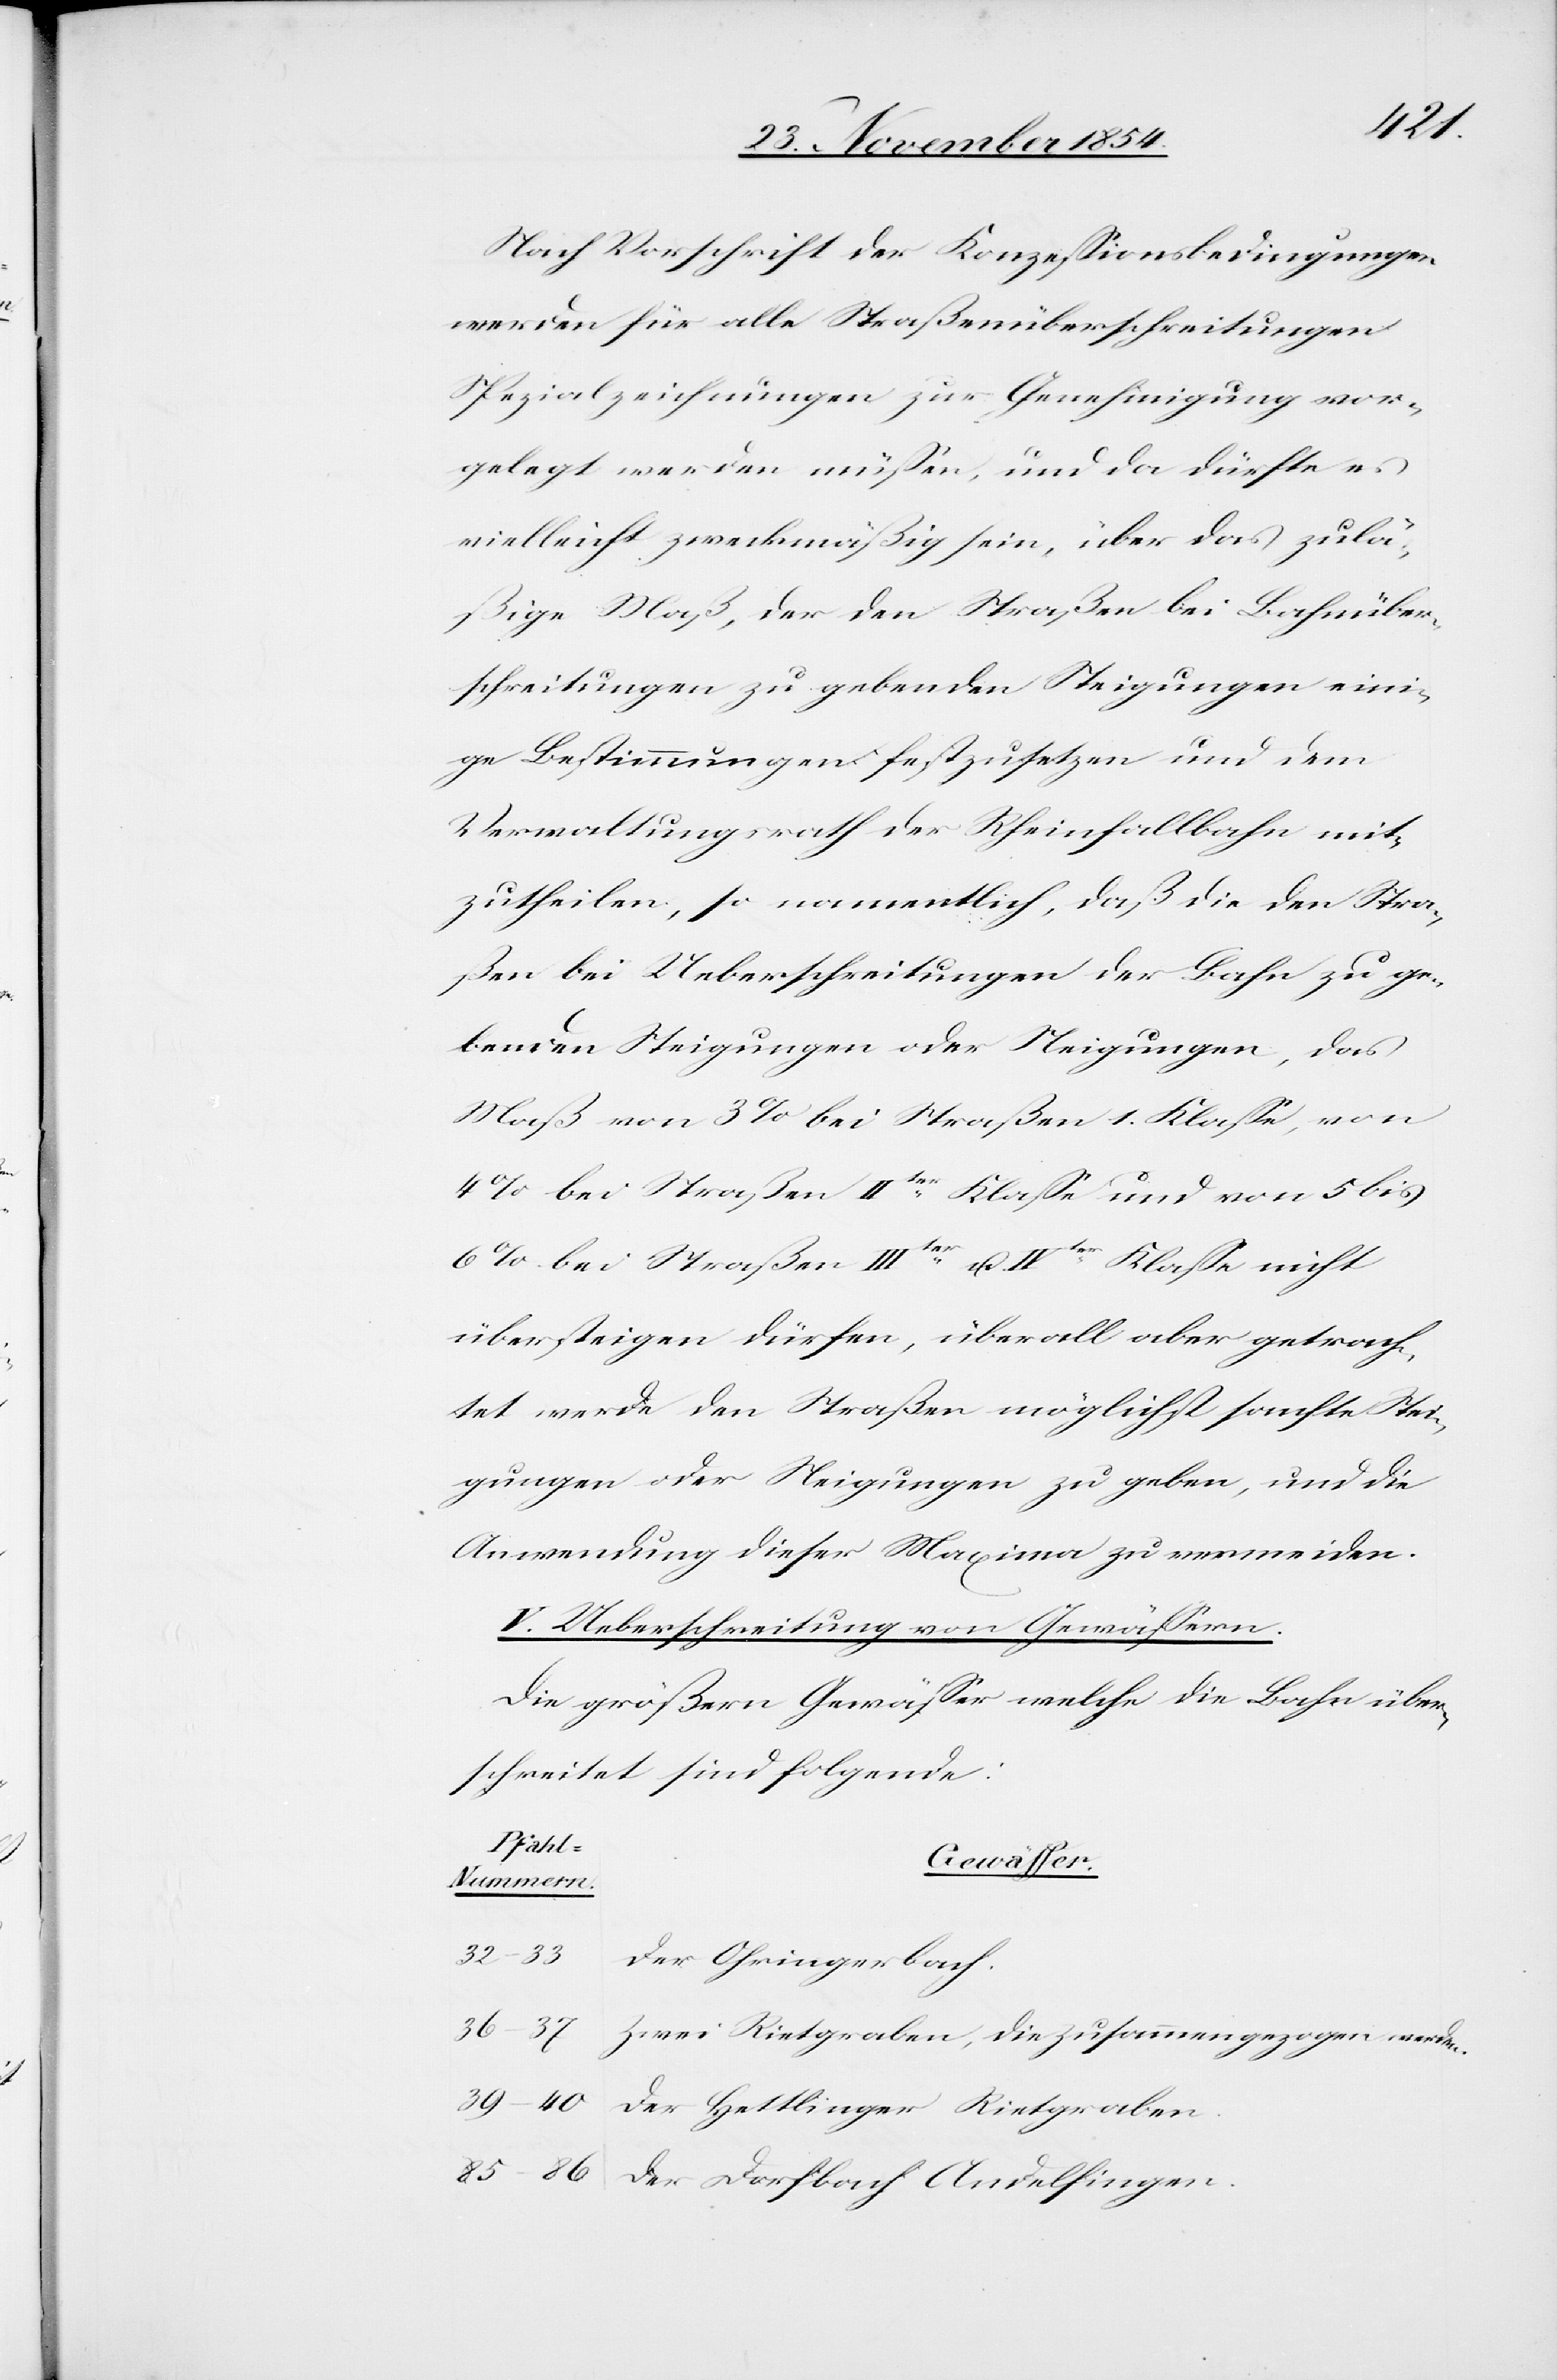
die
Nach Vorschrift der Konzeßionsbedingungen
werden für alle Straßenüberschreitungen
Spezialzeichnungen zur Genehmigung vor¬
gelegt werden müßen, und da dürfte es
vielleicht zweckmäßig sein, über das zulä¬
ßige Maß, der den Straßen bei Bahnüber¬
schreitungen zu gebenden Steigungen eini¬
ge Bestimmungen festzusetzten und dem
Verwaltungsrath der Rheinfallbahn mit¬
zutheilen, so namentlich, daß die den Stra¬
ßen bei Ueberschreitungen der Bahn zu ge¬
benden Steigungen oder Neigungen, das
Maß von 3% bei Straßen 1. Klaße, von
4% bei Straßen IIter Klaße und von 5 bis
6% bei Straßen IIIter u. IVter Klaße nicht
übersteigen dürfen, überall aber getrach¬
tet werde den Straßen möglichst sanfte Stei¬
gungen oder Neigungen zu geben, und die
Anwendung dieser Maxima zu vermeiden.
V. Ueberschreitung von Gewäßern.
Die größern Gewäßer welche die Bahn über¬
schreitet sind folgende:
Pfahl-N¬
Gewässer.
ummern.
32–33
Der Ohringerbach.
Der Dorfbach Andelfingen.